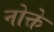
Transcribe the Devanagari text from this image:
नोक्ते